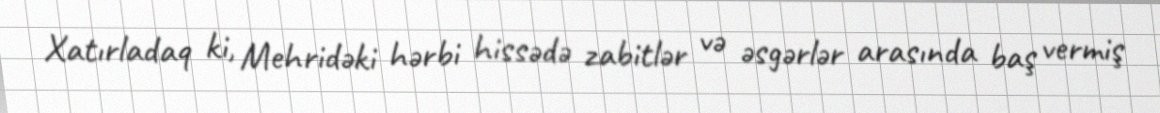
Xatırladaq ki, Mehridəki hərbi hissədə zabitlər və əsgərlər arasında baş vermiş